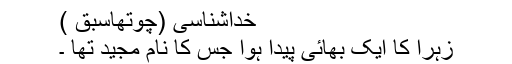
خداشناسی (چوتھاسبق )
زہرا کا ایک بھائی پیدا ہوا جس کا نام مجید تھا ۔